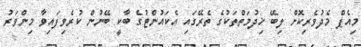
މިއެޕް މެދުވެރިކޮށް ލިބޭ ޚިދުމަތްތަކުގެ ތެރޭގައި އެކައުންޓުގެ ބާކީ ބޭނުން ކުރެވިފައިވާ މިންވަރު